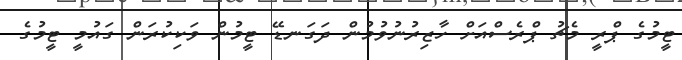
ޓީމުގެ ޕްރީ މެޗު ޕްރެސްއަށް ހާޒިރުނުވުމުން ދަގަނޑޭ ޓީމުން ވަކިކުރަން ގައުމީ ޓީމުގެ